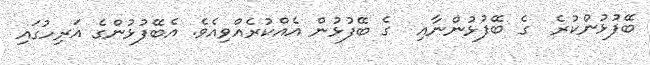
ބޭފުޅުންކުރެ  ގެ ބޭފުޅުންނާއި  ގެ ބޭފުޅުން އެއްކުރެއްވިއެވެ. އެބޭފުޅުންގެ އަރިހުގައި